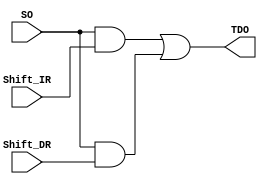
  //tdo control box
  module TDO_CONTROL_BOX(input Shift_IR,SO,Shift_DR,
output TDO);

wire w1,w2;

    and g1(w1,SO,Shift_IR);
    and g2(w2,SO,Shift_DR);
or g3(TDO,w1,w2);

endmodule